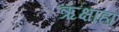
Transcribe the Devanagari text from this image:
ऋक्षाहा